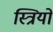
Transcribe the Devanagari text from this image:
स्‍त्रियों